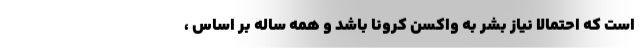
است که احتمالاً نیاز بشر به واکسن کرونا باشد و همه ساله بر اساس ،